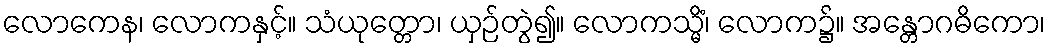
လောကေန၊ လောကနှင့်။ သံယုတ္တော၊ ယှဉ်တွဲ၍။ လောကသ္မိံ၊ လောက၌။ အန္တောဂဓိကော၊